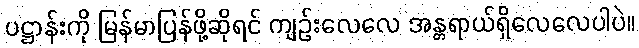
ပဋ္ဌာန်းကို မြန်မာပြန်ဖို့ဆိုရင် ကျဉ်းလေလေ အန္တရာယ်ရှိလေလေပါပဲ။